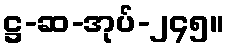
ဋ္ဌ-ဆ-အုပ်-၂၄၅။